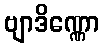
ဗျာဒိဏ္ဏော